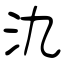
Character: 氿